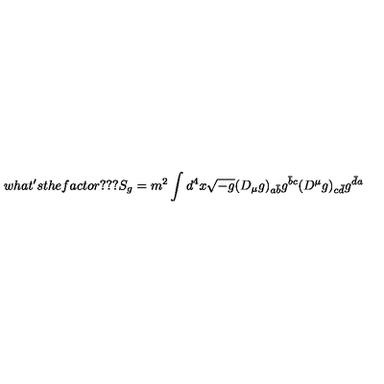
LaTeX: w h a t ^ { \prime } s t h e f a c t o r ? ? ? S _ { g } = { m ^ { 2 } } \int d ^ { 4 } x \sqrt { - g } ( D _ { \mu } g ) _ { a \bar { b } } g ^ { \bar { b } c } ( D ^ { \mu } g ) _ { c \bar { d } } g ^ { \bar { d } a }